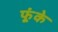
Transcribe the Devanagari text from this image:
फूंके